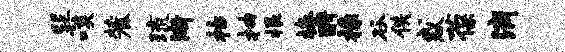
巽啖麓琉渐枯抽根椿酹掾谷佚惑葆滴